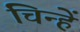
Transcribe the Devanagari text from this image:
चिन्हें